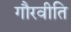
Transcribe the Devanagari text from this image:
गौरवीति